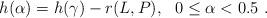
LaTeX: \begin{align*}h(\alpha) = h(\gamma) - r(L,P) , \ \ 0 \le \alpha < 0.5 \ .\end{align*}